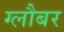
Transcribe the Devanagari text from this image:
ग्लौबर